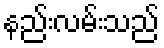
နည်းလမ်းသည်